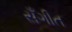
સઁગીત